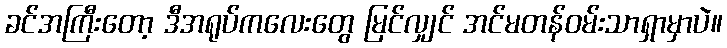
ခင်အကြီးတော့ ဒီအရုပ်ကလေးတွေ မြင်လျှင် အင်မတန်ဝမ်းသာရှာမှာပဲ။